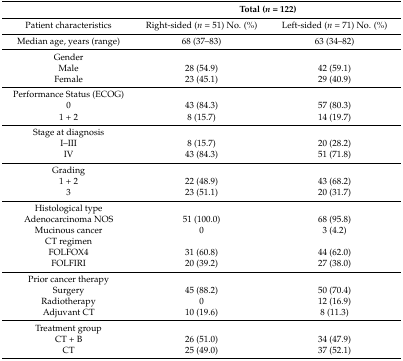
<table><thead><tr><td></td><td colspan="2"><b>Total (<i>n</i> = 122)</b></td></tr></thead><tbody><tr><td>Patient characteristics</td><td>Right-sided (<i>n</i> = 51) No. (%)</td><td>Left-sided (<i>n</i> = 71) No. (%)</td></tr><tr><td>Median age, years (range) </td><td>68 (37–83)</td><td>63 (34–82)</td></tr><tr><td>Gender</td><td></td><td></td></tr><tr><td>Male</td><td>28 (54.9)</td><td>42 (59.1)</td></tr><tr><td>Female</td><td>23 (45.1)</td><td>29 (40.9)</td></tr><tr><td>Performance Status (ECOG) </td><td></td><td></td></tr><tr><td>0</td><td>43 (84.3)</td><td>57 (80.3)</td></tr><tr><td>1 + 2</td><td>8 (15.7)</td><td>14 (19.7)</td></tr><tr><td>Stage at diagnosis</td><td></td><td></td></tr><tr><td>I–III</td><td>8 (15.7)</td><td>20 (28.2)</td></tr><tr><td>IV</td><td>43 (84.3)</td><td>51 (71.8)</td></tr><tr><td>Grading</td><td></td><td></td></tr><tr><td>1 + 2</td><td>22 (48.9)</td><td>43 (68.2)</td></tr><tr><td>3</td><td>23 (51.1)</td><td>20 (31.7)</td></tr><tr><td>Histological type</td><td></td><td></td></tr><tr><td>Adenocarcinoma NOS</td><td>51 (100.0)</td><td>68 (95.8)</td></tr><tr><td>Mucinous cancer</td><td>0</td><td>3 (4.2)</td></tr><tr><td>CT regimen</td><td></td><td></td></tr><tr><td>FOLFOX4</td><td>31 (60.8)</td><td>44 (62.0)</td></tr><tr><td>FOLFIRI</td><td>20 (39.2)</td><td>27 (38.0)</td></tr><tr><td>Prior cancer therapy</td><td></td><td></td></tr><tr><td>Surgery</td><td>45 (88.2)</td><td>50 (70.4)</td></tr><tr><td>Radiotherapy</td><td>0</td><td>12 (16.9)</td></tr><tr><td>Adjuvant CT</td><td>10 (19.6)</td><td>8 (11.3)</td></tr><tr><td>Treatment group</td><td></td><td></td></tr><tr><td>CT + B</td><td>26 (51.0)</td><td>34 (47.9)</td></tr><tr><td>CT</td><td>25 (49.0)</td><td>37 (52.1)</td></tr></tbody></table>